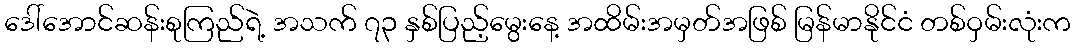
ဒေါ်အောင်ဆန်းစုကြည်ရဲ့ အသက် ၇၃ နှစ်ပြည့်မွေးနေ့ အထိမ်းအမှတ်အဖြစ် မြန်မာနိုင်ငံ တစ်ဝှမ်းလုံးက